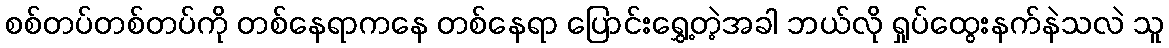
စစ်တပ်တစ်တပ်ကို တစ်နေရာကနေ တစ်နေရာ ပြောင်းရွှေ့တဲ့အခါ ဘယ်လို ရှုပ်ထွေးနက်နဲသလဲ သူ